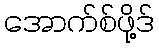
အောက်စ်ဖို့ဒ်